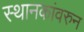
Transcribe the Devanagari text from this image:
स्थानकांवरुन